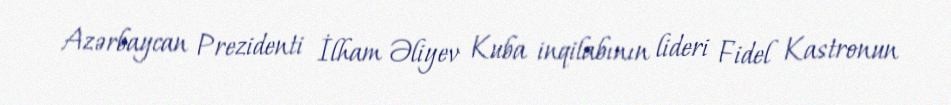
Azərbaycan Prezidenti İlham Əliyev Kuba inqilabının lideri Fidel Kastronun